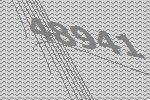
48941